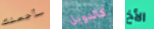
سأجعلك كالدويل الأخ